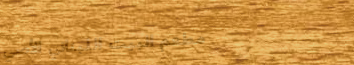
مطعم البيت اللبناني الأصي